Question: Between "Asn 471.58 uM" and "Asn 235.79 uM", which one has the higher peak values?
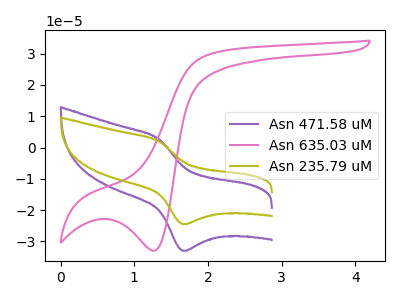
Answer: <think>The purple curve "Asn 471.58 uM" has an anodic peak at (1.35V, 2.70uA) and a cathodic peak at (1.65V, -33.00uA). The pink curve "Asn 635.03 uM" has a cathodic peak at: (1.25V, -33.00uA). The olive curve "Asn 235.79 uM" has an anodic peak at (1.35V, 2.00uA) and a cathodic peak at (1.65V, -24.50uA).</think>
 <answer>Every peak in "Asn 471.58 uM" is higher than every peak in "Asn 235.79 uM".</answer>
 <eval>higher</eval>